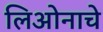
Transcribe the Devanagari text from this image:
लिओनाचे